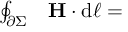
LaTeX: \begin{array} { r l } { \oint _ { \partial \Sigma } } & { { } \mathbf { H } \cdot \mathrm { d } { \boldsymbol { \ell } } = } \end{array}